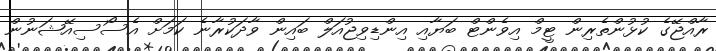
ރާއްޖޭގެ ކުޅުންތެރިން ޓީމް އިވެންޓް ބަޔާއި އިންޑިވިޖުއަލް ބައިން ވާދަކުރާނެ ކަމަށް އެސޯސިއޭޝަނުން